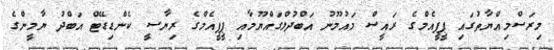
މިރަސްމިއްޔާތުގައި ޕީޕީއެމްގެ ރައީސް މައުމޫނު އަބްދުލްގައްޔޫމާއި ޕީޕީއެމްގެ ރިޔާސީ ކެންޑިޑޭޓް އަބްދު ޔާމީންގެ